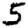
Digit: 5